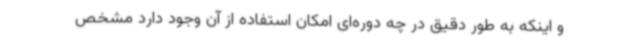
و اینکه به طور دقیق در چه دوره‌ای امکان استفاده از آن وجود دارد مشخص